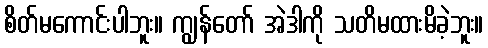
စိတ်မကောင်းပါဘူး။ ကျွန်တော် အဲဒါကို သတိမထားမိခဲ့ဘူး။